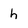
Character: h